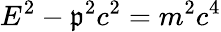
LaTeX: E^{2}-\mathfrak{p}^{2}c^{2}=m^{2}c^{4}